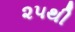
૨૫થી